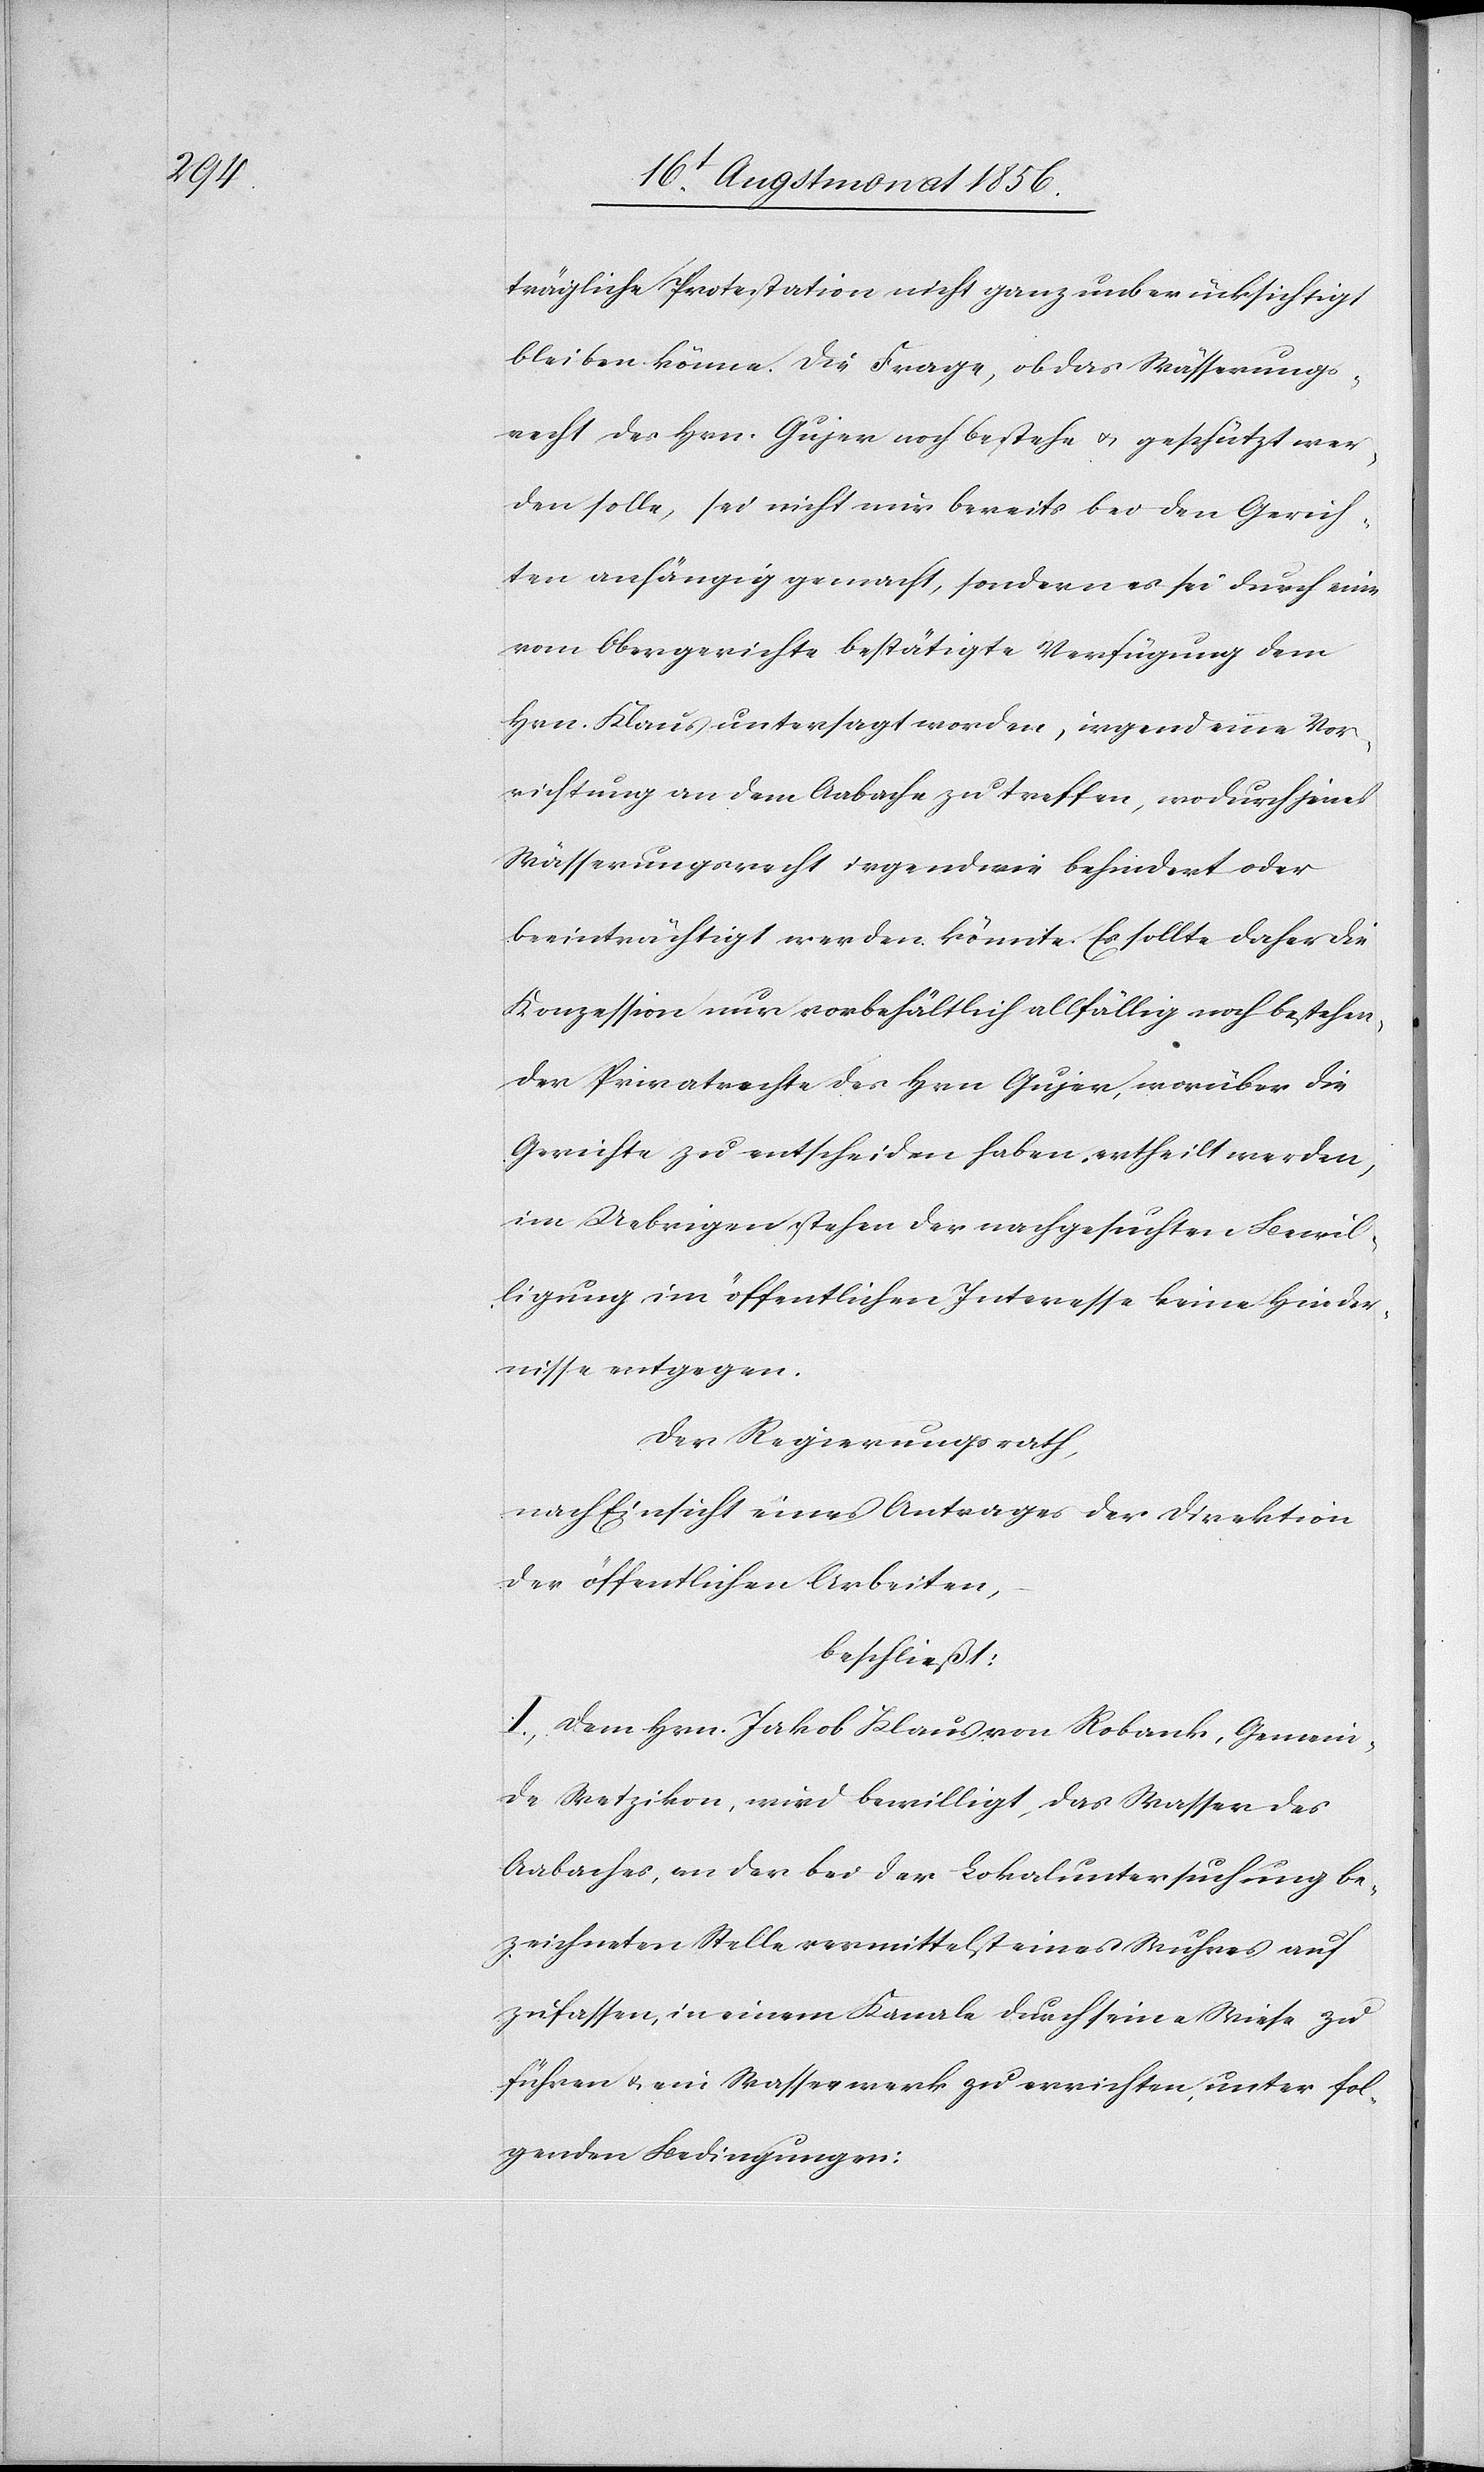
trägliche Protestation nicht ganz unberücksichtigt
bleiben könne. Die Frage, ob das Wässerungs¬
recht des Hrn. Gujer noch bestehe u. geschützt wer¬
den solle, sei nicht nur bereits bei den Gerich¬
ten anhängig gemacht, sondern es sei durch eine
vom Obergerichte bestätigte Verfügung dem
Hrn. Klaus untersagt worden, irgend eine Vor¬
richtung an dem Aabache zu treffen, wodurch jenes
Wässerungsrecht irgendwie behindert oder
beeinträchtigt werden könnte. Es sollte daher die
Konzession nur vorbehältlich allfällig nach bestehen¬
der Privatrechte des Hrn Gujer, worüber die
Gerichte zu entscheiden haben, ertheilt werden,
im Uebrigen stehen der nachgesuchten Bewil¬
ligung im öffentlichen Interesse keine Hinder¬
nisse entgegen.
Der Regierungsrath,
nach Einsicht eines Antrages der Direktion
der öffentlichen Arbeiten,
beschließt:
I.) Dem Hrn. Jakob Klaus von Robank, Gemein¬
de Wetzikon, wird bewilligt, das Wasser des
Aabaches, an der bei der Lokaluntersuchung be¬
zeichneten Stelle vermittelst eines Wuhres auf
zufassen, in einem Kanale durch seine Wiese zu
führen u. ein Wasserwerk zu errichten, unter fol¬
genden Bedingungen: